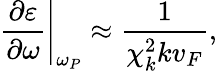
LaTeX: \left.\frac{\partial\varepsilon}{\partial\omega}\right\vert_{\omega_{P}}\approx\frac{1}{\chi_{k}^{2}kv_{F}},